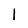
Character: l